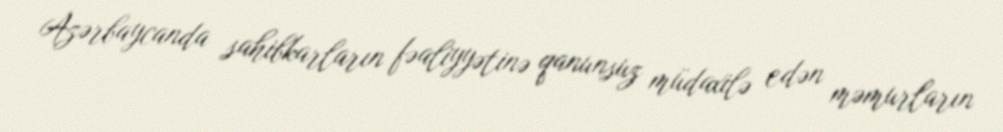
Azərbaycanda sahibkarların fəaliyyətinə qanunsuz müdaxilə edən məmurların